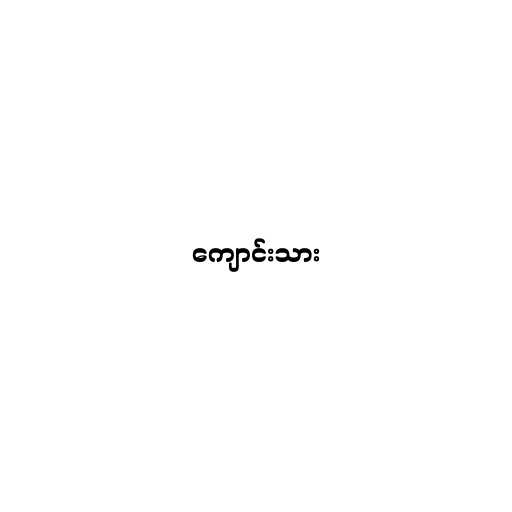
ကျောင်းသား